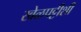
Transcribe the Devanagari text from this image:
खेळपट्टीशी